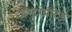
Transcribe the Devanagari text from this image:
इण्टरप्रीटेड